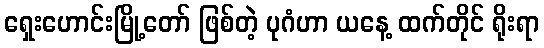
ရှေးဟောင်းမြို့တော် ဖြစ်တဲ့ ပုဂံဟာ ယနေ့ ထက်တိုင် ရိုးရာ